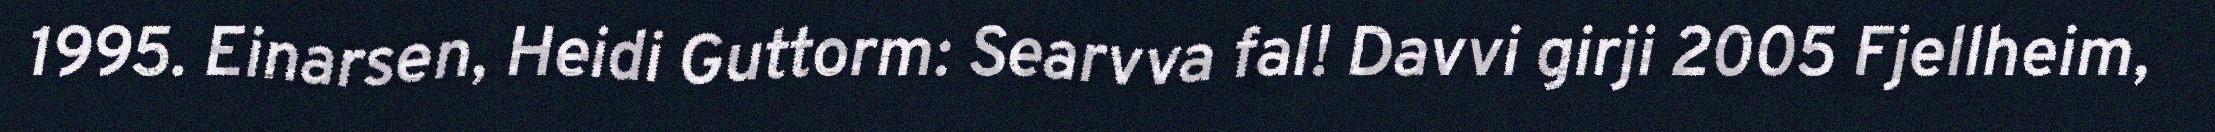
1995. Einarsen, Heidi Guttorm: Searvva fal! Davvi girji 2005 Fjellheim,